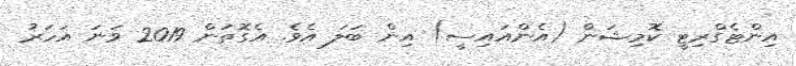
އިންޓެގްރިޓީ ކޮމިޝަން (އެންއައިސީ) އިން ބަލަ އެވެ. އެގޮތުން 2019 ވަނަ އަހަރު